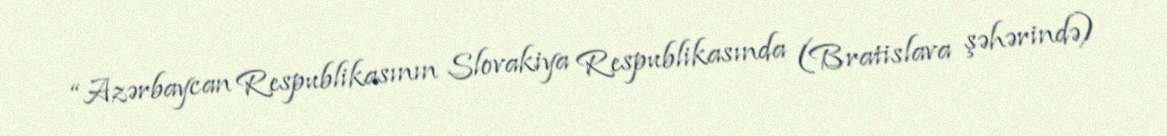
“Azərbaycan Respublikasının Slovakiya Respublikasında (Bratislava şəhərində)